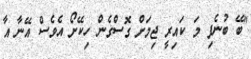
"ބޭ ބުނެފި މަ ކައިރީ ޖިމަށް ގޮސްގެން ހިކޭށޯ އެވެސް އޭނާ އާ